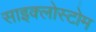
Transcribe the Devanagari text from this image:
साइक्लोस्टोम